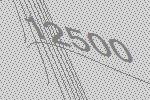
12500